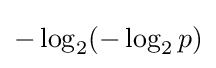
-\log _{2}(-\log _{2}p)